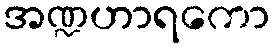
အဏ္ဍဟာရကော